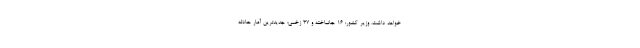
خواهد داشت. وزیر کشور: ۱۶ جانباخته و ۳۷ زخمی؛ جدیدترین آمار حادثه